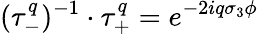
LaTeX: (\tau_{-}^{q})^{-1}\cdot\tau_{+}^{q}=e^{-2iq\sigma_{3}\phi}